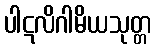
ပါဋလိဂါမိယသုတ္တ